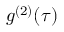
g ^ { ( 2 ) } ( \tau )